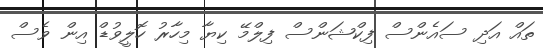
ތައް އަދި ސައެންސް ފިކްޝަންސް ފިލްމޭ ކިޔާ މިހާރު ހޮލީވުޑް އިން ވެސް